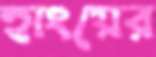
হাংয়ের